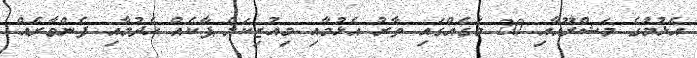
އެޅުމުގެ މަޝްރޫއާއި 20 މަގެއްގައި ތާރު އެޅުމާއި މިއުޒިކަލް ޕާކެއް ހެދުމާއި ފެންވާރެއް